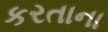
કરતાના